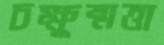
চক্ষুষ্মত্তা